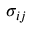
\sigma _ { i j }